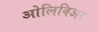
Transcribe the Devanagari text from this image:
ओलिविअर